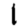
Digit: 1